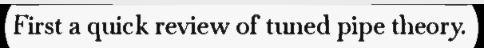
First a quick review of tuned pipe theory.